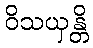
ဝိသယှန္တိ